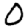
Digit: 0